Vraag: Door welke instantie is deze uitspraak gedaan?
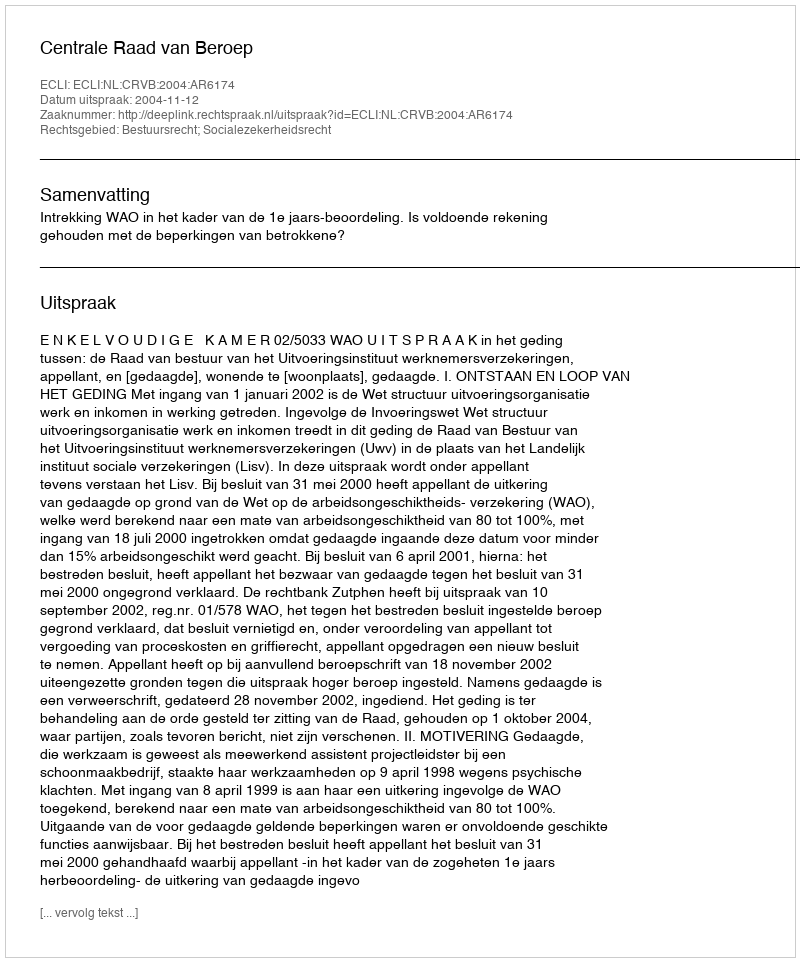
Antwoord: Centrale Raad van Beroep